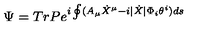
\Psi = T r P e ^ { i \oint ( A _ { \mu } \dot { X } ^ { \mu } - i | \dot { X } | \Phi _ { i } \theta ^ { i } ) d s }